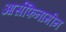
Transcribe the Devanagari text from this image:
आर्सफिनामीन